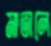
মাতালে